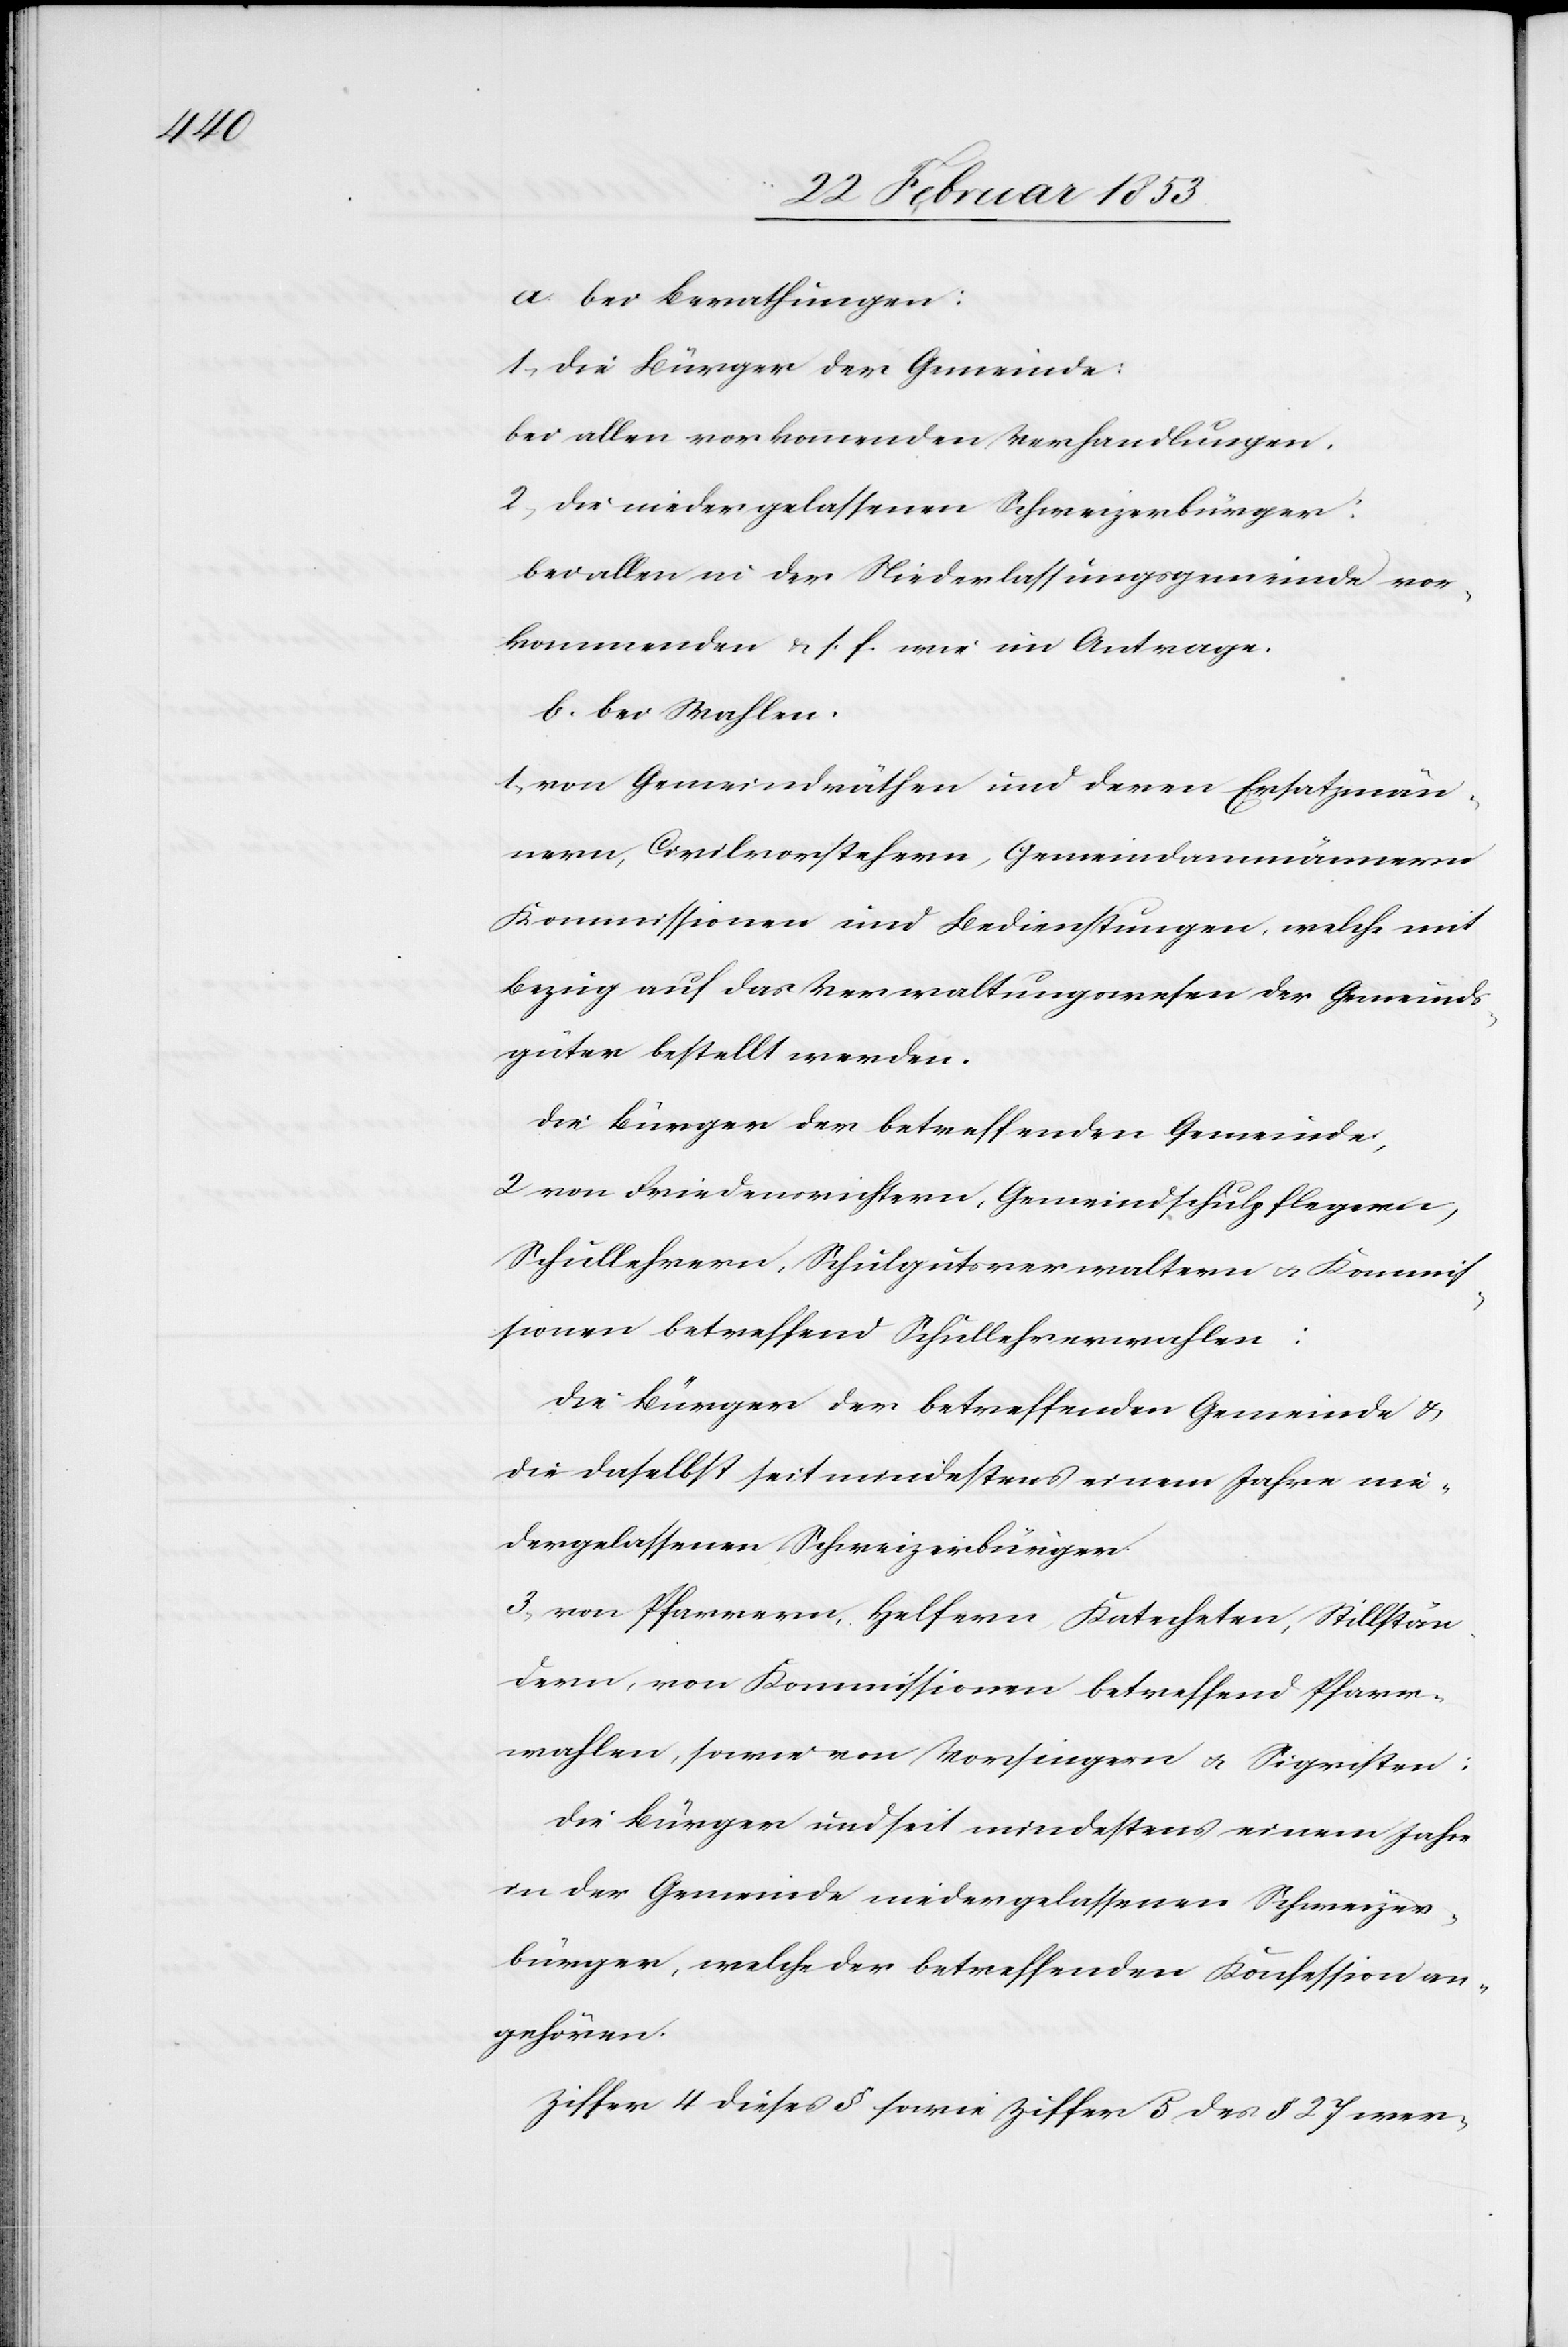
a bei Berathungen:
1, die Bürger der Gemeinde:
Bei allen vorkommenden Verhandlungen.
2, die niedergelassenen Schweizerbürger:
bei allen in der Niederlassungsgemeinde vor¬
kommenden u. s. f. wie im Antrage.
b. bei Wahlen.
1, von Gemeindräthen und deren Ersatzmän¬
nern, Civilvorstehern, Gemeindammännern
Kommissionen und Bedingungen, welche mit
Bezug auf das Verwaltungswesen der Gemeinds¬
güter bestellt werden.
Die Bürger der betreffenden Gemeinde,
2, von Friedensrichtern, Gemeindsschulpflegen,
Schullehrern, Schulgutsverwaltern u. Kommi¬
ssionen betreffend Schullehrerwahlen:
Die Bürger der betreffenden Gemeinde u.
die daselbst seit mindestens einem Jahre nie¬
dergelassenen Schweizerbürger.
3, von Pfarrern, Helfern, Katechten, Stillstän¬
dern [sic!], von Kommissionen betreffend Pfarr¬
wahlen, sowie von Vorsingern u. Sigristen:
Die Bürger und seit mindestens einem Jahre
in der Gemeinde niedergelassenen Schweizer¬
bürger, welche der betreffenden Konfession an¬
gehören.
Ziffer 4 dieses § sowie Ziffer 5 des § 27 wer-